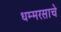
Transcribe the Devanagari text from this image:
धम्मरसाचे